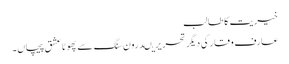
خیریت کا طالب
عارف وقار کی دیگر تحریریںدرون سنگ سے پھوٹا عشق پیچاں۔